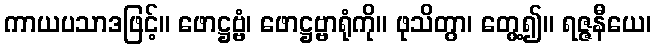
ကာယပသာဒဖြင့်။ ဖောဋ္ဌဗ္ဗံ၊ ဖောဋ္ဌဗ္ဗာရုံကို။ ဖုသိတွာ၊ တွေ့၍။ ရဇ္ဇနီယေ၊